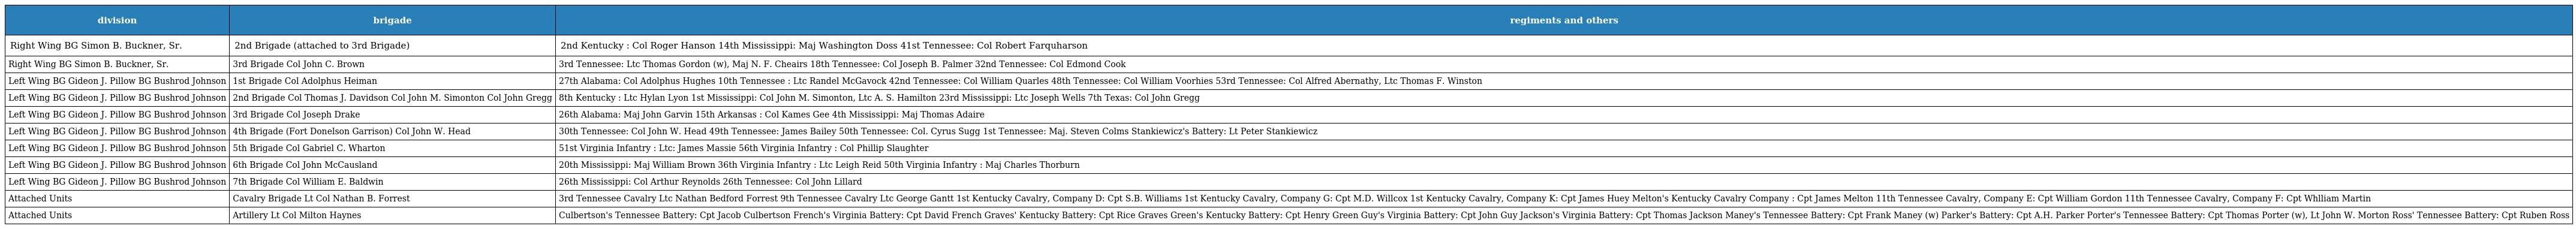
| division | brigade | regiments and others |
 | --- | --- | --- |
 | Right Wing BG Simon B. Buckner, Sr. | 2nd Brigade (attached to 3rd Brigade) | 2nd Kentucky : Col Roger Hanson 14th Mississippi: Maj Washington Doss 41st Tennessee: Col Robert Farquharson |
 | Right Wing BG Simon B. Buckner, Sr. | 3rd Brigade Col John C. Brown | 3rd Tennessee: Ltc Thomas Gordon (w), Maj N. F. Cheairs 18th Tennessee: Col Joseph B. Palmer 32nd Tennessee: Col Edmond Cook |
 | Left Wing BG Gideon J. Pillow BG Bushrod Johnson | 1st Brigade Col Adolphus Heiman | 27th Alabama: Col Adolphus Hughes 10th Tennessee : Ltc Randel McGavock 42nd Tennessee: Col William Quarles 48th Tennessee: Col William Voorhies 53rd Tennessee: Col Alfred Abernathy, Ltc Thomas F. Winston |
 | Left Wing BG Gideon J. Pillow BG Bushrod Johnson | 2nd Brigade Col Thomas J. Davidson Col John M. Simonton Col John Gregg | 8th Kentucky : Ltc Hylan Lyon 1st Mississippi: Col John M. Simonton, Ltc A. S. Hamilton 23rd Mississippi: Ltc Joseph Wells 7th Texas: Col John Gregg |
 | Left Wing BG Gideon J. Pillow BG Bushrod Johnson | 3rd Brigade Col Joseph Drake | 26th Alabama: Maj John Garvin 15th Arkansas : Col Kames Gee 4th Mississippi: Maj Thomas Adaire |
 | Left Wing BG Gideon J. Pillow BG Bushrod Johnson | 4th Brigade (Fort Donelson Garrison) Col John W. Head | 30th Tennessee: Col John W. Head 49th Tennessee: James Bailey 50th Tennessee: Col. Cyrus Sugg 1st Tennessee: Maj. Steven Colms Stankiewicz's Battery: Lt Peter Stankiewicz |
 | Left Wing BG Gideon J. Pillow BG Bushrod Johnson | 5th Brigade Col Gabriel C. Wharton | 51st Virginia Infantry : Ltc: James Massie 56th Virginia Infantry : Col Phillip Slaughter |
 | Left Wing BG Gideon J. Pillow BG Bushrod Johnson | 6th Brigade Col John McCausland | 20th Mississippi: Maj William Brown 36th Virginia Infantry : Ltc Leigh Reid 50th Virginia Infantry : Maj Charles Thorburn |
 | Left Wing BG Gideon J. Pillow BG Bushrod Johnson | 7th Brigade Col William E. Baldwin | 26th Mississippi: Col Arthur Reynolds 26th Tennessee: Col John Lillard |
 | Attached Units | Cavalry Brigade Lt Col Nathan B. Forrest | 3rd Tennessee Cavalry Ltc Nathan Bedford Forrest 9th Tennessee Cavalry Ltc George Gantt 1st Kentucky Cavalry, Company D: Cpt S.B. Williams 1st Kentucky Cavalry, Company G: Cpt M.D. Willcox 1st Kentucky Cavalry, Company K: Cpt James Huey Melton's Kentucky Cavalry Company : Cpt James Melton 11th Tennessee Cavalry, Company E: Cpt William Gordon 11th Tennessee Cavalry, Company F: Cpt Whlliam Martin |
 | Attached Units | Artillery Lt Col Milton Haynes | Culbertson's Tennessee Battery: Cpt Jacob Culbertson French's Virginia Battery: Cpt David French Graves' Kentucky Battery: Cpt Rice Graves Green's Kentucky Battery: Cpt Henry Green Guy's Virginia Battery: Cpt John Guy Jackson's Virginia Battery: Cpt Thomas Jackson Maney's Tennessee Battery: Cpt Frank Maney (w) Parker's Battery: Cpt A.H. Parker Porter's Tennessee Battery: Cpt Thomas Porter (w), Lt John W. Morton Ross' Tennessee Battery: Cpt Ruben Ross |